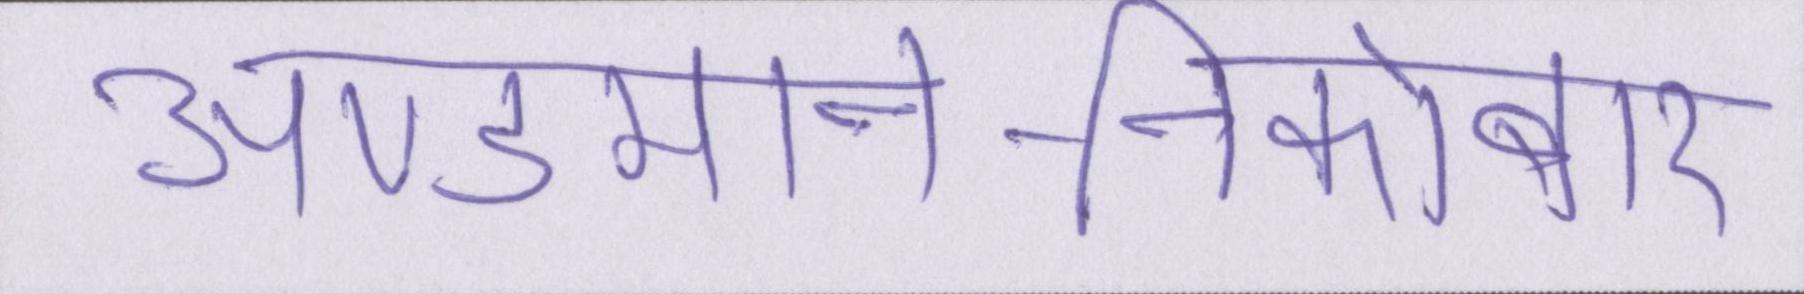
अण्डमान-निकोबार